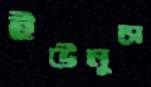
ইউনুসে